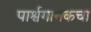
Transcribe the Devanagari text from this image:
पार्श्वगायकचा